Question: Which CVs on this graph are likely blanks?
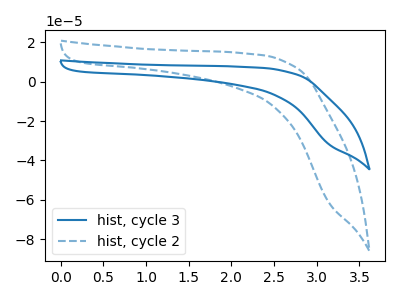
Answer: <think>The blue curve "hist, cycle 3" has no peaks. The blue dashed curve "hist, cycle 2" has no peaks.</think>
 <answer>"hist, cycle 3" and "hist, cycle 2" are likely to be blanks.</answer>
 <eval>"hist, cycle 3", "hist, cycle 2"</eval>